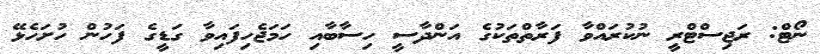
ނޯޓް: ރަޖިސްޓްރީ ނުކުރައްވާ ފަރާތްތަކުގެ އަންދާސީ ހިސާބާއި ހަމަޖެހިފައިވާ ގަޑީގެ ފަހުން ހުށަހެޅޭ